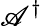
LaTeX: \mathscr{A}^{\dagger}